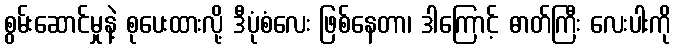
စွမ်းဆောင်မှုနဲ့ စုပေးထားလို့ ဒီပုံစံလေး ဖြစ်နေတာ၊ ဒါကြောင့် ဓာတ်ကြီး လေးပါးကို